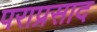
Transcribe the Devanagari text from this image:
पराप्रसाद